Report of the Indian Hemp Drugs Commission, 1894-1895 - Volume VI
Year: 1894
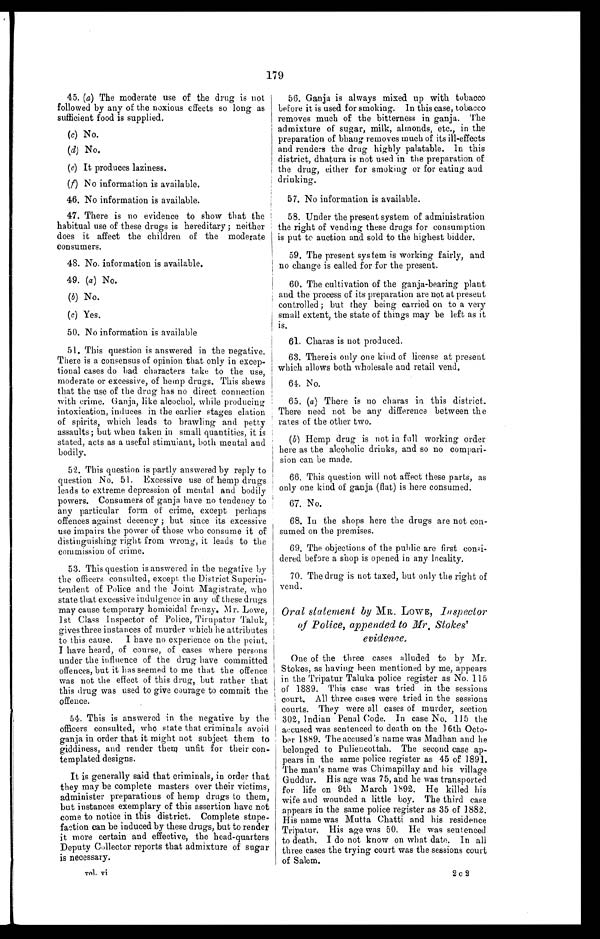
179
45. (a) The moderate use of the drug is not
followed by any of the noxious effects so long as
sufficient food is supplied.
(c) No.
(d) No.
(e) It produces laziness.
(f) No information is available.
46. No information is available.
47. There is no evidence to show that the
habitual use of these drugs is hereditary ; neither
does it affect the children of the moderate
consumers.
48. No information is available.
49. (a) No.
(b) No.
(c) Yes.
50. No information is available
51. This question is answered in the negative.
There is a consensus of opinion that only in excep--
tional cases do bad characters take to the use,
moderate or excessive, of hemp drugs. This shews
that the use of the drug has no direct connection
with crime. Ganja, like alcochol, while producing
intoxication, induces in the earlier stages elation
of spirits, which leads to brawling and petty
assaults ; but when taken in small quantities, it is
stated, acts as a useful stimulant, both mental and
bodily.
52. This question is partly answered by reply to
question No. 51. Excessive use of hemp drugs
leads to extreme depression of mental and bodily
powers. Consumers of ganja have no tendency to
any particular form of crime, except perhaps
offences against decency ; but since its excessive
use impairs the power of those who consume it of
distinguishing right from wrong, it leads to the
commission of crime.
53. This question is answered in the negative by
the officers consulted, except the District Superin-
tendent of Police and the Joint Magistrate, who
state that excessive indulgence in any of these drugs
may cause temporary homicidal frenzy. Mr. Lowe,
1st Class Inspector of Police, Tirupatur Taluk,
gives three instances of murder which he attributes
to this cause.
I have no experience on the point.
I have heard, of course, of cases where persons
under the influence of the drug have committed
offences, but it has seemed to me that the offence
was not the effect of this drug, but rather that
this drug was used to give courage to commit the
offence.
54. This is answered in the negative by the
officers consulted, who state that criminals avoid
ganja in order that it might not subject them to
giddiness, and render them unfit for their con-
templated designs.
It is generally said that criminals, in order that
they may be complete masters over their victims,
administer preparations of hemp drugs to them,
but instances exemplary of this assertion have not
come to notice in this district. Complete stupe--
faction can be induced by these drugs, but to render
it more certain and effective, the head-quarters
Deputy Collector reports that admixture of sugar
is necessary.
56. Ganja is always mixed up with tobacco
before it is used for smoking. In this case, tobacco
removes much of the bitterness in ganja. The
admixture of sugar, milk, almonds, etc., in the
preparation of bhang removes much of its ill-effects
and renders the drug highly palatable. In this
district, dhatura is not used in the preparation of
the drug, either for smoking or for eating and
drinking.
57. No information is available.
58. Under the present system of administration
the right of vending these drugs for consumption
is put to auction and sold to the highest bidder.
59. The present system is working fairly, and
no change is called for for the present.
60. The cultivation of the ganja-bearing plant
and the process of its preparation are not at present
controlled ; but they being carried on to a very
small extent, the state of things may be left as it
is.
61. Charas is not produced.
63. There is only one kind of license at present
which allows both wholesale and retail vend.
61. No.
65. (a) There is no charas in this district.
There need not be any difference between the
rates of the other two.
(b) Hemp drug is not in full working order
here as the alcoholic drinks, and so no
c o m p a r i - s i o n c a n b e m a d e .
66. This question will not affect these parts, as
only one kind of ganja (flat) is here consumed.
67. No.
68. In the shops here the drugs are not con-
sumed on the premises.
69. The objections of the public are first consi-
dered before a shop is opened in any locality.
70. The drug is not taxed, but only the right of
vend.
Oral statement by MR. LOWE, Inspector
of Police, appended to Mr. Stokes'
evidence.
One of the three cases alluded to by Mr.
Stokes, as having been mentioned by me, appears
in the Tripatur Taluka police register as No. 115
of 1889. This case was tried in the sessions
court. All three cases were tried in the sessions
courts. They were all cases of murder, section
302, Indian Penal Code. In case No. 115 the
accused was sentenced to death on the 16th Octo-
ber 1889. The accused's name was Madhan and lie
u
belonged to Puliencottah. The second case ap-
pears in the same police register as 45 of 1891.
The man's name was Chimapillay and his village
Guddur. His age was 75, and he was transported
for life on 9th March 1892. He killed his
wife and wounded a little boy. The third case
appears in the same police register as 35 of 1882.
His name was Mutta Chatti and his residence
Tripatur. His age was 50. He was sentenced
to death. I do not know on what date. In all
three cases the trying court was the sessions court
of Salem.
202